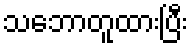
သဘောတူထားပြီး